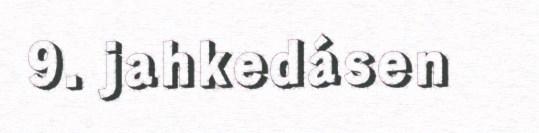
9. jahkedásen